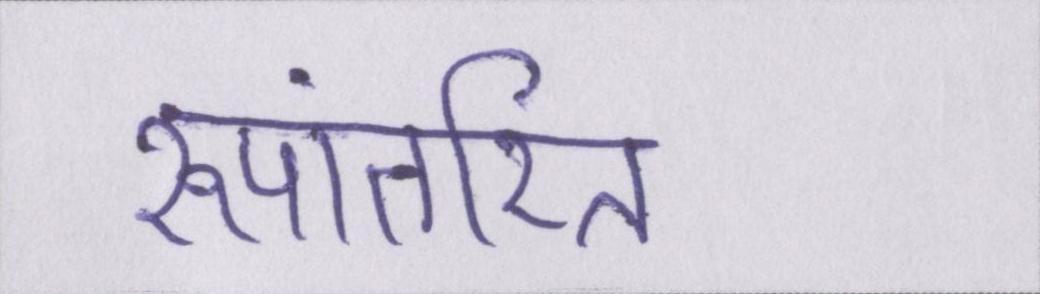
रूपांतरित